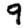
Digit: 9